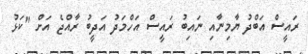
ރައީސް އަބްދު ޔާމިނާއި ނައިބު ރައީސް އަހްމަދު އަދީބު ރާއްޖެ އަށް "ކަޅު